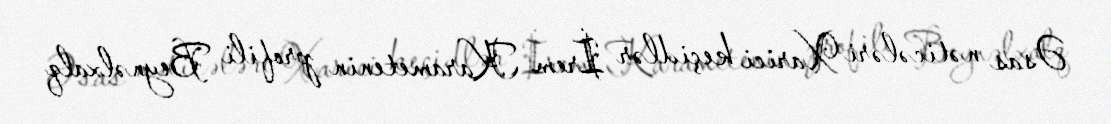
Əsas nəticələri Xarici keçidlər İrem Karametenin profili Beynəlxalq